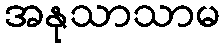
အနုသာသာမ